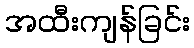
အထီးကျန်ခြင်း